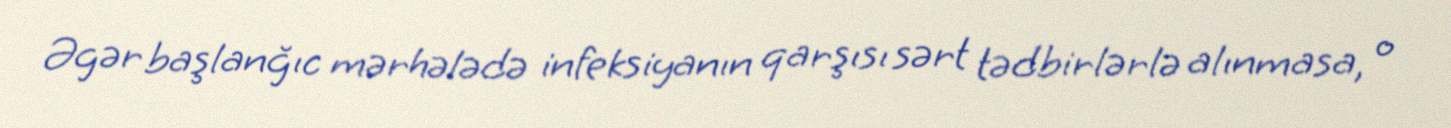
Əgər başlanğıc mərhələdə infeksiyanın qarşısı sərt tədbirlərlə alınmasa, o